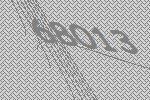
68013